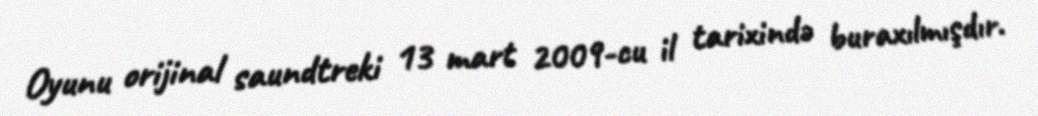
Oyunu orijinal saundtreki 13 mart 2009-cu il tarixində buraxılmışdır.